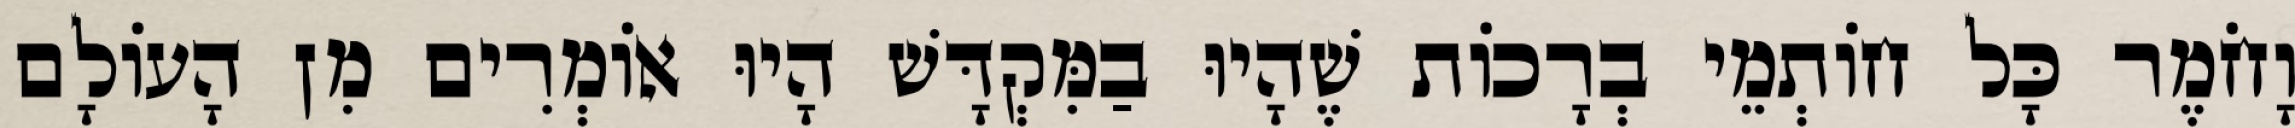
וָחֹמֶר כָּל חוֹתְמֵי בְרָכוֹת שֶׁהָיוּ בַמִּקְדָּשׁ הָיוּ אוֹמְרִים מִן הָעוֹלָם